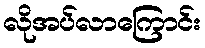
လိုအပ်လာကြောင်း